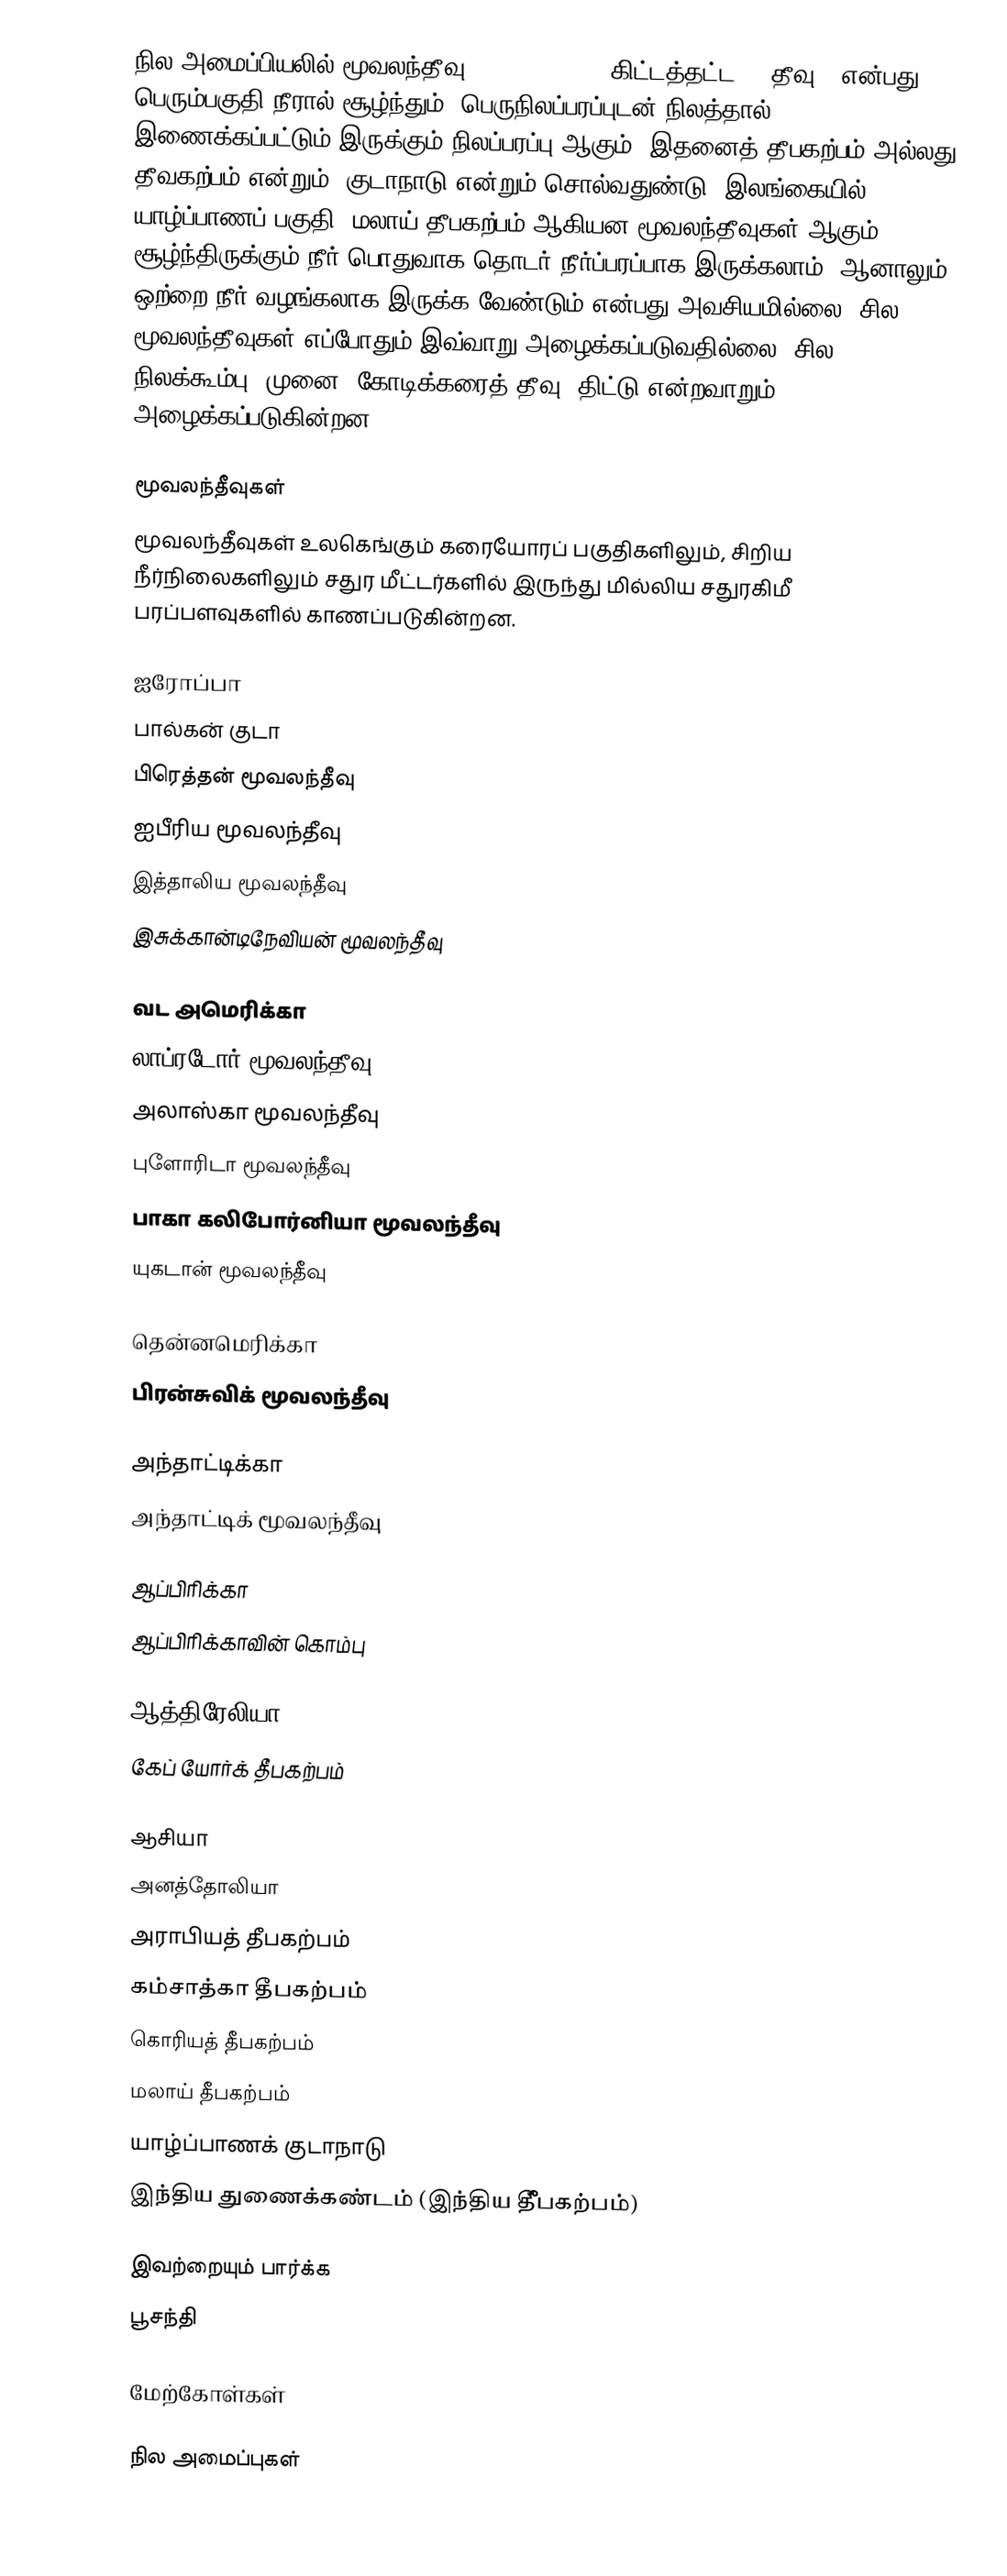
நில அமைப்பியலில் மூவலந்தீவு (peninsula, ;  "கிட்டத்தட்ட”,  "தீவு") என்பது பெரும்பகுதி நீரால் சூழ்ந்தும், பெருநிலப்பரப்புடன் நிலத்தால் இணைக்கப்பட்டும் இருக்கும் நிலப்பரப்பு ஆகும். இதனைத் தீபகற்பம் அல்லது தீவகற்பம் என்றும், குடாநாடு என்றும் சொல்வதுண்டு.  இலங்கையில், யாழ்ப்பாணப் பகுதி, மலாய் தீபகற்பம் ஆகியன மூவலந்தீவுகள் ஆகும். சூழ்ந்திருக்கும் நீர் பொதுவாக தொடர் நீர்ப்பரப்பாக இருக்கலாம். ஆனாலும், ஒற்றை நீர் வழங்கலாக இருக்க வேண்டும் என்பது அவசியமில்லை. சில மூவலந்தீவுகள் எப்போதும் இவ்வாறு அழைக்கப்படுவதில்லை; சில நிலக்கூம்பு, முனை, கோடிக்கரைத் தீவு, திட்டு என்றவாறும் அழைக்கப்படுகின்றன.

மூவலந்தீவுகள்
மூவலந்தீவுகள் உலகெங்கும் கரையோரப் பகுதிகளிலும், சிறிய நீர்நிலைகளிலும் சதுர மீட்டர்களில் இருந்து மில்லிய சதுரகிமீ பரப்பளவுகளில் காணப்படுகின்றன.

ஐரோப்பா
பால்கன் குடா
பிரெத்தன் மூவலந்தீவு
ஐபீரிய மூவலந்தீவு
இத்தாலிய மூவலந்தீவு
இசுக்கான்டிநேவியன் மூவலந்தீவு

வட அமெரிக்கா
லாப்ரடோர் மூவலந்தீவு
அலாஸ்கா மூவலந்தீவு
புளோரிடா மூவலந்தீவு
பாகா கலிபோர்னியா மூவலந்தீவு
யுகடான்  மூவலந்தீவு

தென்னமெரிக்கா
பிரன்சுவிக் மூவலந்தீவு

அந்தாட்டிக்கா
அந்தாட்டிக் மூவலந்தீவு

ஆப்பிரிக்கா
ஆப்பிரிக்காவின் கொம்பு

ஆத்திரேலியா
கேப் யோர்க் தீபகற்பம்

ஆசியா
அனத்தோலியா
அராபியத் தீபகற்பம்
கம்சாத்கா தீபகற்பம்
கொரியத் தீபகற்பம்
மலாய் தீபகற்பம்
யாழ்ப்பாணக் குடாநாடு
இந்திய துணைக்கண்டம் (இந்திய தீீீீபகற்பம்)

இவற்றையும் பார்க்க
 பூசந்தி

மேற்கோள்கள்

நில அமைப்புகள்